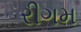
રીગમ